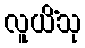
လူယိံသု